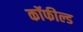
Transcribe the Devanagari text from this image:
कॉफील्ड